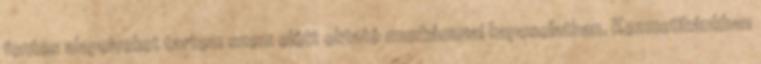
fontos alapelveket tartom szem elôtt oktató munkámmal kapcsolatban. Kozmetikánkban